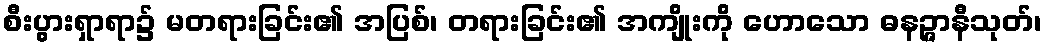
စီးပွားရှာရာ၌ မတရားခြင်း၏ အပြစ်၊ တရားခြင်း၏ အကျိုးကို ဟောသော ဓနဉ္ဇာနီသုတ်၊